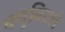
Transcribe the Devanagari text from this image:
क्युबिटल